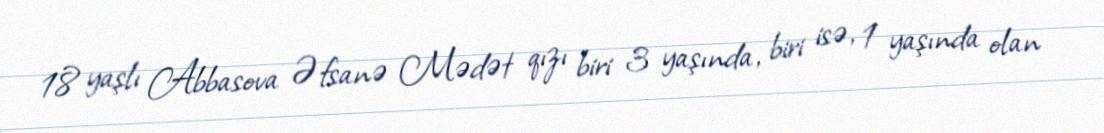
18 yaşlı Abbasova Əfsanə Mədət qızı biri 3 yaşında, biri isə, 1 yaşında olan